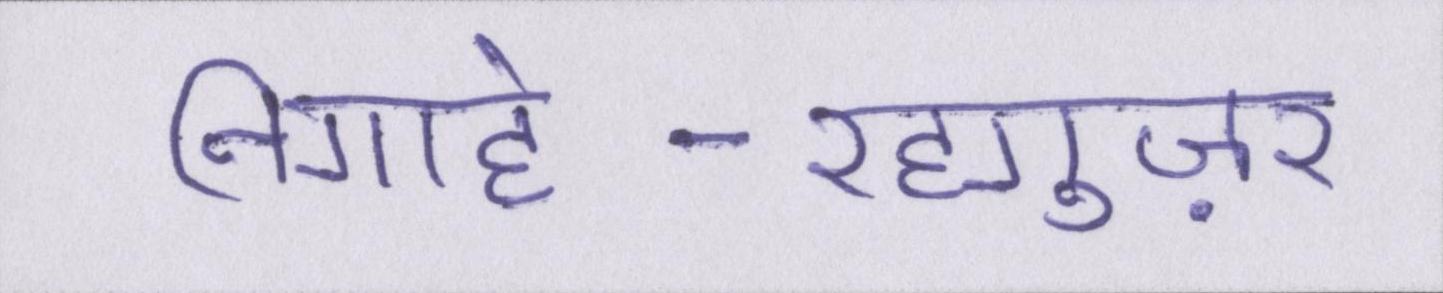
निगाहे-रहगुज़र